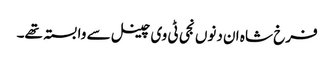
فرخ شاہ ان دنوں نجی ٹی وی چینل سے وابستہ تھے۔